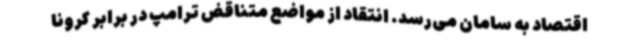
اقتصاد به سامان می‌رسد. انتقاد از مواضع متناقض ترامپ در برابر کرونا